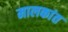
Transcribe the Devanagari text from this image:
मालकांत